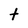
Character: t